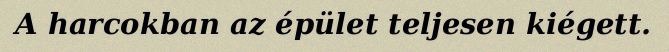
A harcokban az épület teljesen kiégett.